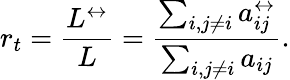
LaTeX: r_{t}=\frac{L^{\leftrightarrow}}{L}=\frac{\sum_{i,j\neq i}a_{ij}^{\leftrightarrow}}{\sum_{i,j\neq i}a_{ij}}.